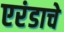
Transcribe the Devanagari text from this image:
एरंडाचे